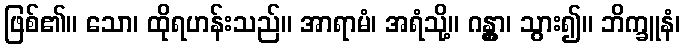
ဖြစ်၏။ သော၊ ထိုရဟန်းသည်။ အာရာမံ၊ အရံသို့။ ဂန္တွာ၊ သွား၍။ ဘိက္ခူနံ၊